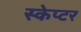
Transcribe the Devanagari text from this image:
स्केप्टर